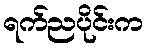
ရက်ညပိုင်းက